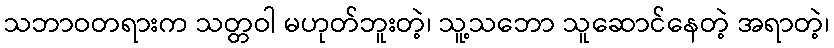
သဘာဝတရားက သတ္တဝါ မဟုတ်ဘူးတဲ့၊ သူ့သဘော သူဆောင်နေတဲ့ အရာတဲ့၊